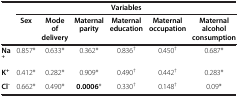
<table><thead><tr><td><b> </b></td><td colspan="6"><b>Variables</b></td></tr><tr><td><b> </b></td><td><b>Sex</b></td><td><b>Mode of delivery</b></td><td><b>Maternal parity</b></td><td><b>Maternal education</b></td><td><b>Maternal occupation</b></td><td><b>Maternal alcohol consumption</b></td></tr></thead><tbody><tr><td><b>Na</b><sup><b>+</b></sup></td><td>0.857*</td><td>0.633*</td><td>0.362*</td><td>0.836<sup>†</sup></td><td>0.450<sup>†</sup></td><td>0.687*</td></tr><tr><td><b>K</b><sup><b>+</b></sup></td><td>0.412*</td><td>0.282*</td><td>0.909*</td><td>0.490<sup>†</sup></td><td>0.442<sup>†</sup></td><td>0.283*</td></tr><tr><td><b>Cl</b><sup><b>-</b></sup></td><td>0.662*</td><td>0.490*</td><td><b>0.0006</b>*</td><td>0.330<sup>†</sup></td><td>0.148<sup>†</sup></td><td>0.09*</td></tr></tbody></table>